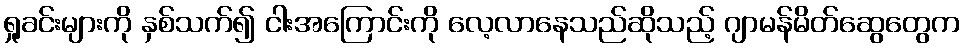
ရှုခင်းများကို နှစ်သက်၍ ငါးအကြောင်းကို လေ့လာနေသည်ဆိုသည့် ဂျာမန်မိတ်ဆွေတွေက